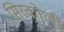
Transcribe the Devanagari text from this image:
सिरकोली